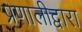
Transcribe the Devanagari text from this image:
प्रणालीद्वारा